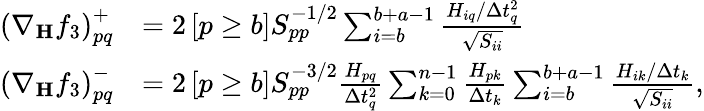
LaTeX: \begin{array}{rl}{\left(\nabla_{\mathbf{H}}f_{3}\right)_{pq}^{+}}&{=2\left[p\ge b\right]S_{pp}^{-1/2}\sum_{i=b}^{b+a-1}\frac{H_{iq}/\Delta t_{q}^{2}}{\sqrt{S_{ii}}}}\\ {\left(\nabla_{\mathbf{H}}f_{3}\right)_{pq}^{-}}&{=2\left[p\ge b\right]S_{pp}^{-3/2}\frac{H_{pq}}{\Delta t_{q}^{2}}\sum_{k=0}^{n-1}\frac{H_{pk}}{\Delta t_{k}}\sum_{i=b}^{b+a-1}\frac{H_{ik}/\Delta t_{k}}{\sqrt{S_{ii}}},}\end{array}